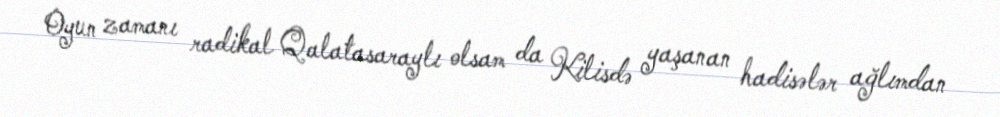
Oyun zamanı radikal Qalatasaraylı olsam da Kilisdə yaşanan hadisələr ağlımdan